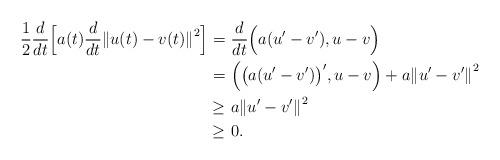
LaTeX: \begin{align*}\frac{1}{2}\frac{d}{dt}\Big[ a(t)\frac{d}{dt}{\Vert u(t) - v(t)\Vert}^2 \Big] = & \ \frac{d}{dt}\Big( a(u^{\prime} -v^{\prime}),u-v \Big) \\ = & \ \Big( {\big( a(u^{\prime} -v^{\prime}) \big)}^{\prime}, u-v \Big) + a{\Vert u^{\prime} -v^{\prime} \Vert}^2 \\ \ge & \ a{\Vert u^{\prime} - v^{\prime} \Vert}^2 \\\ge & \ 0.\end{align*}